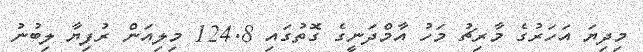
މިދިޔަ އަހަރުގެ މާރިޗު މަހު އާމްދަނީގެ ގޮތުގައި 124.8 މިލިއަން ރުފިޔާ ލިބުނު